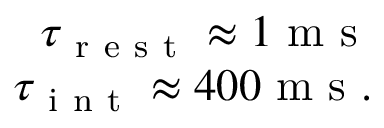
\begin{array} { r } { \tau _ { \mathrm { ~ r ~ e ~ s ~ t ~ } } \approx 1 \mathrm { ~ m ~ s ~ } } \\ { \tau _ { \mathrm { ~ i ~ n ~ t ~ } } \approx 4 0 0 \mathrm { ~ m ~ s ~ } . } \end{array}